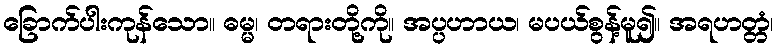
ခြောက်ပါးကုန်သော။ ဓမ္မ၊ တရားတို့ကို။ အပ္ပဟာယ၊ မပယ်စွန့်မူ၍။ အရဟတ္တံ၊